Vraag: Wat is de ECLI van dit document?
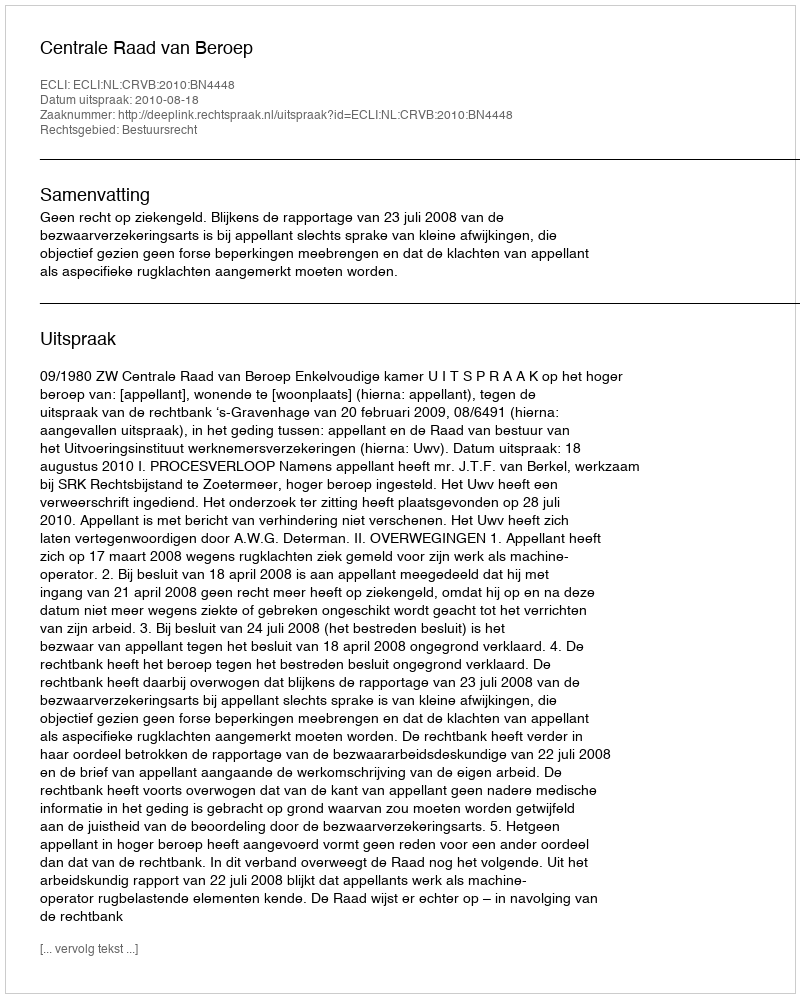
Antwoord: ECLI:NL:CRVB:2010:BN4448